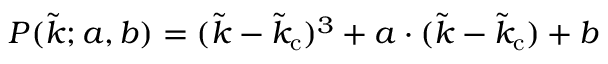
P ( \tilde { k } ; a , b ) = ( \tilde { k } - \tilde { k } _ { \mathrm { c } } ) ^ { 3 } + a \cdot ( \tilde { k } - \tilde { k } _ { \mathrm { c } } ) + b